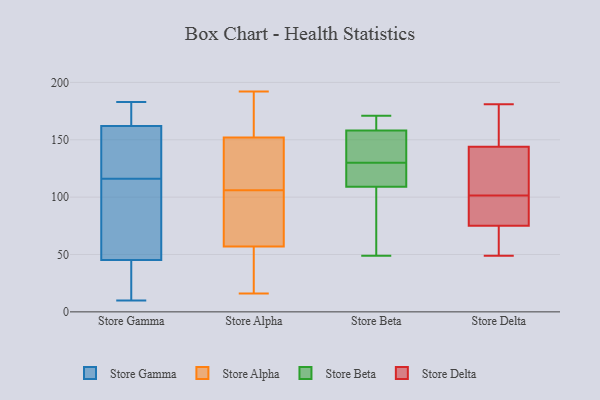
{"axis": {"x": "Production Output", "y": "Value"}, "legend": ["Store Alpha", "Store Beta", "Store Delta", "Store Gamma"], "data": [{"x": "", "y": 95, "type": "Store Gamma"}, {"x": "", "y": 163, "type": "Store Gamma"}, {"x": "", "y": 183, "type": "Store Gamma"}, {"x": "", "y": 116, "type": "Store Gamma"}, {"x": "", "y": 35, "type": "Store Gamma"}, {"x": "", "y": 162, "type": "Store Gamma"}, {"x": "", "y": 136, "type": "Store Gamma"}, {"x": "", "y": 16, "type": "Store Gamma"}, {"x": "", "y": 164, "type": "Store Gamma"}, {"x": "", "y": 162, "type": "Store Gamma"}, {"x": "", "y": 76, "type": "Store Gamma"}, {"x": "", "y": 139, "type": "Store Gamma"}, {"x": "", "y": 10, "type": "Store Gamma"}, {"x": "", "y": 99, "type": "Store Gamma"}, {"x": "", "y": 29, "type": "Store Gamma"}, {"x": "", "y": 168, "type": "Store Alpha"}, {"x": "", "y": 171, "type": "Store Alpha"}, {"x": "", "y": 17, "type": "Store Alpha"}, {"x": "", "y": 149, "type": "Store Alpha"}, {"x": "", "y": 111, "type": "Store Alpha"}, {"x": "", "y": 45, "type": "Store Alpha"}, {"x": "", "y": 108, "type": "Store Alpha"}, {"x": "", "y": 116, "type": "Store Alpha"}, {"x": "", "y": 90, "type": "Store Alpha"}, {"x": "", "y": 154, "type": "Store Alpha"}, {"x": "", "y": 150, "type": "Store Alpha"}, {"x": "", "y": 31, "type": "Store Alpha"}, {"x": "", "y": 88, "type": "Store Alpha"}, {"x": "", "y": 192, "type": "Store Alpha"}, {"x": "", "y": 22, "type": "Store Alpha"}, {"x": "", "y": 100, "type": "Store Alpha"}, {"x": "", "y": 104, "type": "Store Alpha"}, {"x": "", "y": 157, "type": "Store Alpha"}, {"x": "", "y": 16, "type": "Store Alpha"}, {"x": "", "y": 69, "type": "Store Alpha"}, {"x": "", "y": 141, "type": "Store Beta"}, {"x": "", "y": 119, "type": "Store Beta"}, {"x": "", "y": 150, "type": "Store Beta"}, {"x": "", "y": 165, "type": "Store Beta"}, {"x": "", "y": 171, "type": "Store Beta"}, {"x": "", "y": 66, "type": "Store Beta"}, {"x": "", "y": 158, "type": "Store Beta"}, {"x": "", "y": 49, "type": "Store Beta"}, {"x": "", "y": 119, "type": "Store Beta"}, {"x": "", "y": 109, "type": "Store Beta"}, {"x": "", "y": 75, "type": "Store Delta"}, {"x": "", "y": 160, "type": "Store Delta"}, {"x": "", "y": 94, "type": "Store Delta"}, {"x": "", "y": 141, "type": "Store Delta"}, {"x": "", "y": 175, "type": "Store Delta"}, {"x": "", "y": 67, "type": "Store Delta"}, {"x": "", "y": 55, "type": "Store Delta"}, {"x": "", "y": 131, "type": "Store Delta"}, {"x": "", "y": 109, "type": "Store Delta"}, {"x": "", "y": 86, "type": "Store Delta"}, {"x": "", "y": 49, "type": "Store Delta"}, {"x": "", "y": 144, "type": "Store Delta"}, {"x": "", "y": 181, "type": "Store Delta"}, {"x": "", "y": 81, "type": "Store Delta"}]}